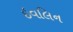
ઇવલિન